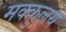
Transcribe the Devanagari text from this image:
मक्कुलय